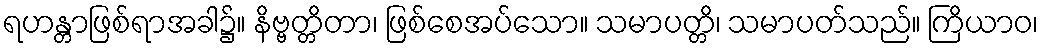
ရဟန္တာဖြစ်ရာအခါ၌။ နိဗ္ဗတ္တိတာ၊ ဖြစ်စေအပ်သော။ သမာပတ္တိ၊ သမာပတ်သည်။ ကြိယာဝ၊